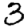
Digit: 3